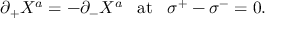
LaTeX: \partial _ { + } X ^ { a } = - \partial _ { - } X ^ { a } \; \; \; \mathrm { a t } \; \; \; \sigma ^ { + } - \sigma ^ { - } = 0 .